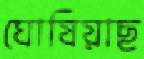
ঘোষিয়াছ